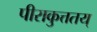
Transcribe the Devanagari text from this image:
पीराकुत्ततय्